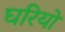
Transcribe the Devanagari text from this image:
घरियों